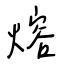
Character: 熔